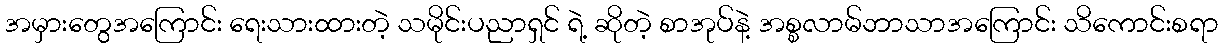
အမှားတွေအကြောင်း ရေးသားထားတဲ့ သမိုင်းပညာရှင် ရဲ့ ဆိုတဲ့ စာအုပ်နဲ့ အစ္စလာမ်ဘာသာအကြောင်း သိကောင်းစရာ